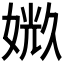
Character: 𪦉